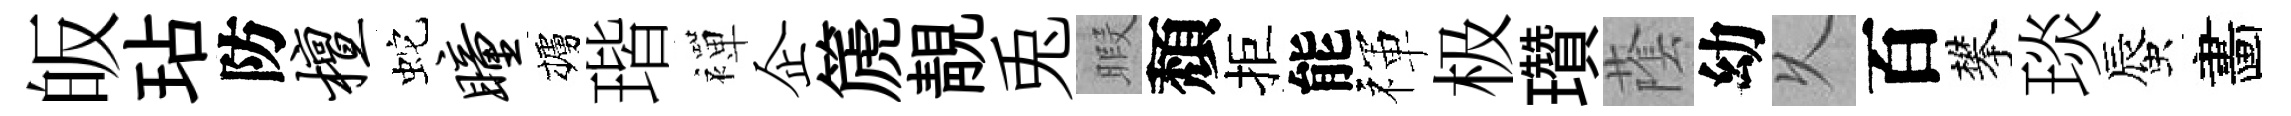
皈玷防檀蛇瞳櫨瑎襌企篪靚兎暇頽拒能禈极瓚䕃幼乆百攀琰蜃畵